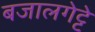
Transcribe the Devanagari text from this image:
बजालगेट्टे